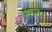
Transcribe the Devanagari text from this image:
तुरुंगांतून